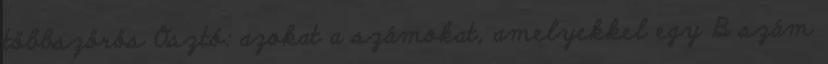
többszörös Osztó: azokat a számokat, amelyekkel egy B szám